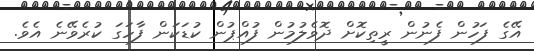
އޭގެ ފަހުން ފެނުން ރީތިކޮށް ދޮވެލުމުން ފުއްޕުން ކުޑަކަން ފާހަގަ ކުރެވޭނެ އެވެ.